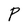
Character: P